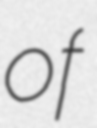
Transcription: of